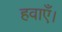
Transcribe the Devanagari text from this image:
हवाएँ।